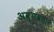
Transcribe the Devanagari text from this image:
अव्यवहार